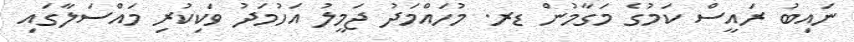
ނައިބު ރައީސް ކަމުގެ މަގާމުން ޑރ. މުހައްމަދު ޖަމީލު އަހުމަދު ވަކިކުރި މައްސަލާގައި